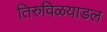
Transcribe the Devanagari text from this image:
तिरुविळयाडल